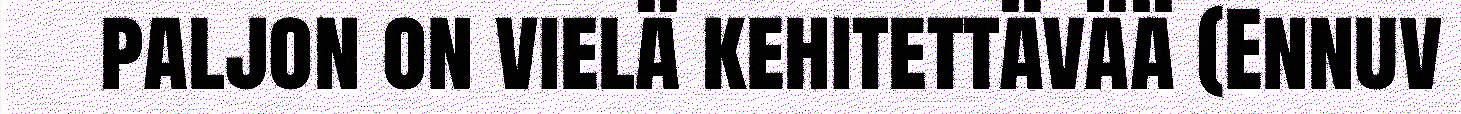
paljon on vielä kehitettävää (Ennuv